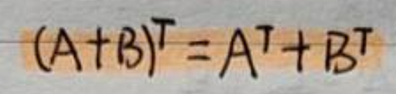
$(A + B)^T = A^T + B^T$